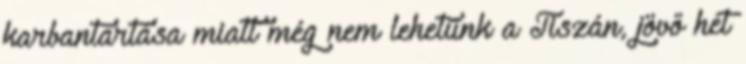
karbantartása miatt még nem lehetünk a Tiszán, jövő hét